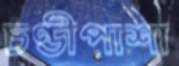
চণ্ডীপাশা